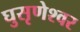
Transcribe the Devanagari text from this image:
घुसृणेश्वर